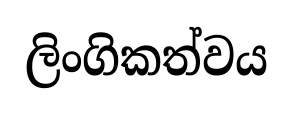
ලිංගිකත්වය